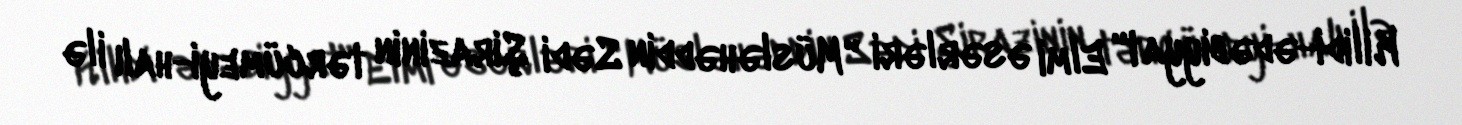
Kilidi-ədəbiyyat" Elmi əsərləri "Müsləhəddin Sədi Şirazinin tərcümeyi-halı ilə